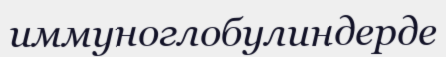
иммуноглобулиндерде